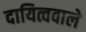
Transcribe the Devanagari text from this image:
दायित्ववाले